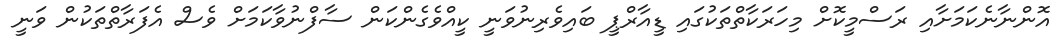
އޮންނާނެކަމަށާއި ރަސްމީކޮށް މިހަރަކާތްތަކުގައި ޑީއާރްޕީ ބައިވެރިނުވަނީ ކީއްވެގެންކަން ސާފްނުވާކަމަށް ވެސް އެފަރާތްތަކުން ވަނީ